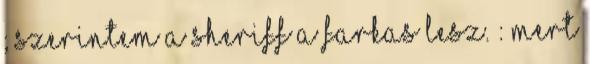
; Szerintem a Sheriff a Farkas lesz. : Mert